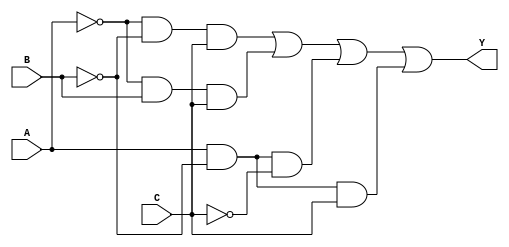
module three_variable_kmap (
    input wire A,  // First input variable
    input wire B,  // Second input variable
    input wire C,  // Third input variable
    output wire Y  // Output variable
);

// Logic expression derived from the K-map
// Y = A'B'C + A'BC + AB'C' + AB'C
assign Y = (~A & ~B & C) | (~A & B & C) | (A & ~B & ~C) | (A & ~B & C);

endmodule